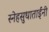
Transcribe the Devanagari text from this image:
स्नेहसुधाताईंनी